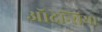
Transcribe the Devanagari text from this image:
ऑदेन्सिया